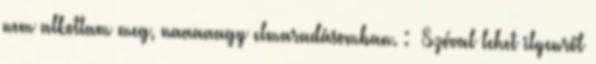
nem alkottam meg, naaaaagy elmaradásomban. : Szóval lehet ilyenről